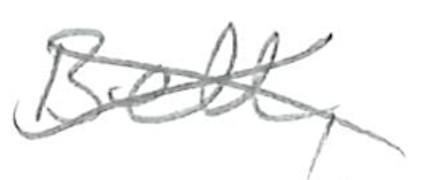
Text: Bell,
Cross-out: cross
Writing tool: pencil